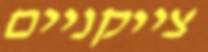
צייקניים